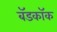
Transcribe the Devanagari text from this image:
बॅडकॉक